Problem: 6 × 2 = ?
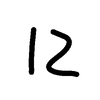
Handwritten answer: 12